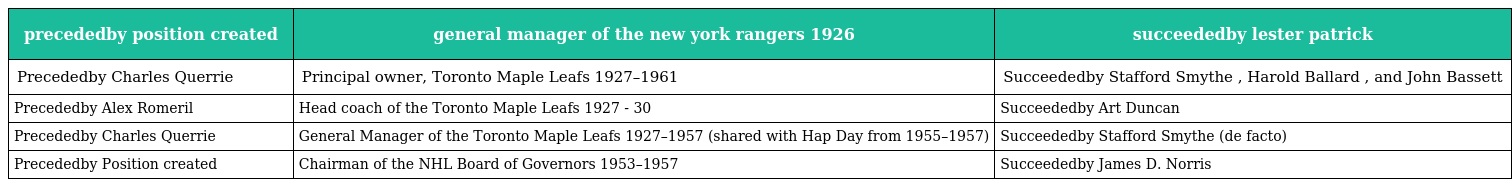
| precededby position created | general manager of the new york rangers 1926 | succeededby lester patrick |
 | --- | --- | --- |
 | Precededby Charles Querrie | Principal owner, Toronto Maple Leafs 1927–1961 | Succeededby Stafford Smythe , Harold Ballard , and John Bassett |
 | Precededby Alex Romeril | Head coach of the Toronto Maple Leafs 1927 - 30 | Succeededby Art Duncan |
 | Precededby Charles Querrie | General Manager of the Toronto Maple Leafs 1927–1957 (shared with Hap Day from 1955–1957) | Succeededby Stafford Smythe (de facto) |
 | Precededby Position created | Chairman of the NHL Board of Governors 1953–1957 | Succeededby James D. Norris |